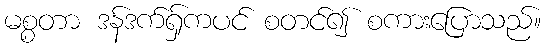
မစ္စတာ ဒန်ဒက်ရှ်ကပင် စတင်၍ စကားပြောသည်။